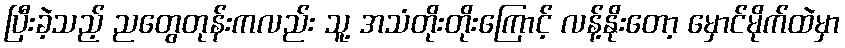
ပြီးခဲ့သည့် ညတွေတုန်းကလည်း သူ့ အသံတိုးတိုးကြောင့် လန့်နိုးတော့ မှောင်မိုက်ထဲမှာ